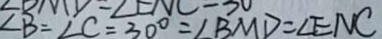
\angle B = \angle C = 3 0 ^ { \circ } = \angle B M D = \angle E N C